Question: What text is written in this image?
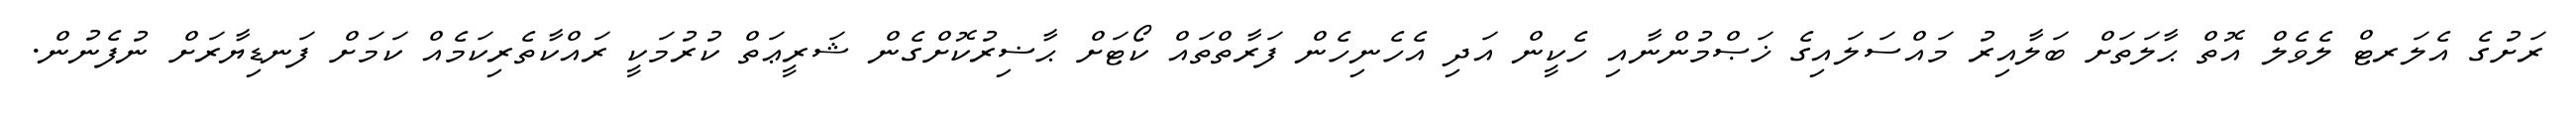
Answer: ރަށުގެ އެލަރޓް ލެވެލް އޮތް ޙާލަތަށް ބަލާއިރު މައްސަލައިގެ ޚަޞްމުންނާއި ހެކީން އަދި އެހެނިހެން ފަރާތްތައް ކޯޓަށް ޙާޟިރުކޮށްގެން ޝަރީޢަތް ކުރުމަކީ ރައްކާތެރިކަމެއް ކަމަށް ފަނޑިޔާރަށް ނުފެނުން.